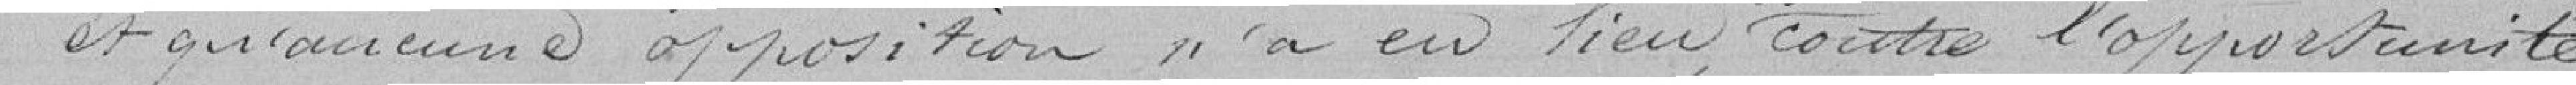
et qu'aucune opposition n'a eu lieu, soit contre l'opportunité